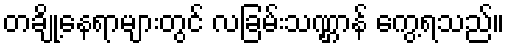
တချို့နေရာများတွင် လခြမ်းသဏ္ဌာန် ကွေ့ရသည်။